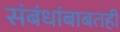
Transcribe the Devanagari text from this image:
संबंधांबाबतही